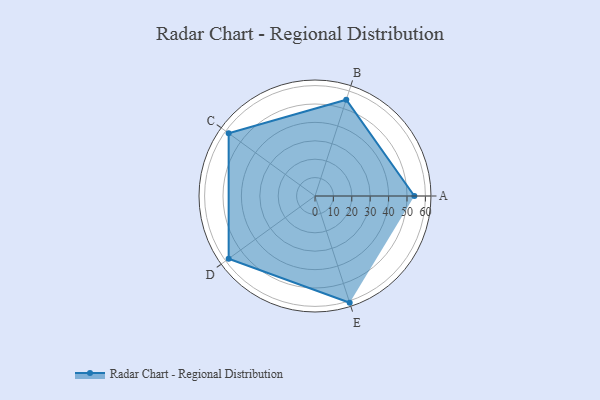
{"axis": {"x": "Skill", "y": "Score"}, "legend": ["Profile"], "data": [{"x": "A", "y": 54.0, "type": "Profile"}, {"x": "B", "y": 55.0, "type": "Profile"}, {"x": "C", "y": 58.0, "type": "Profile"}, {"x": "D", "y": 58.0, "type": "Profile"}, {"x": "E", "y": 61.0, "type": "Profile"}]}